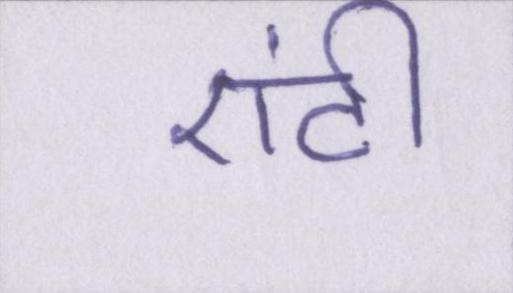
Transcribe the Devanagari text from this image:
एंटी